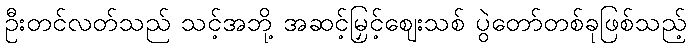
ဦးတင်လတ်သည် သင့်အဘို့ အဆင့်မြှင့်ဈေးသစ် ပွဲတော်တစ်ခုဖြစ်သည့်